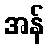
အန်